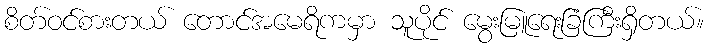
စိတ်ဝင်စားတယ် တောင်အမေရိကမှာ သူပိုင် မွေးမြူရေးခြံကြီးရှိတယ်။